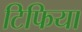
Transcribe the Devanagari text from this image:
टिफिया